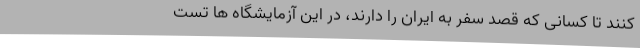
کنند تا کسانی که قصد سفر به ایران را دارند، در این آزمایشگاه ها تست